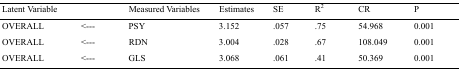
| Latent Variable |  | Measured Variables | Estimates | SE | R2 | CR | P |
 | --- | --- | --- | --- | --- | --- | --- | --- |
 | OVERALL | <--- | PSY | 3.152 | .057 | .75 | 54.968 | 0.001 |
 | OVERALL | <--- | RDN | 3.004 | .028 | .67 | 108.049 | 0.001 |
 | OVERALL | <--- | GLS | 3.068 | .061 | .41 | 50.369 | 0.001 |